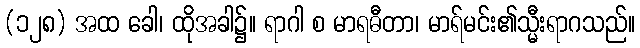
(၁၂၈) အထ ခေါ၊ ထိုအခါ၌။ ရာဂါ စ မာရဓီတာ၊ မာရ်မင်း၏သ္မီးရာဂသည်။